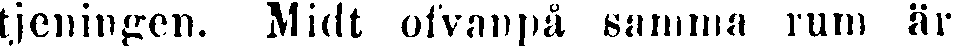
tjeningen. Midt ofvanpå samma rum är